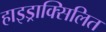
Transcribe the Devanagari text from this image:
हाइड्राक्सिलित